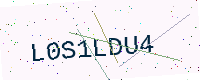
Text: L0S1LDU4